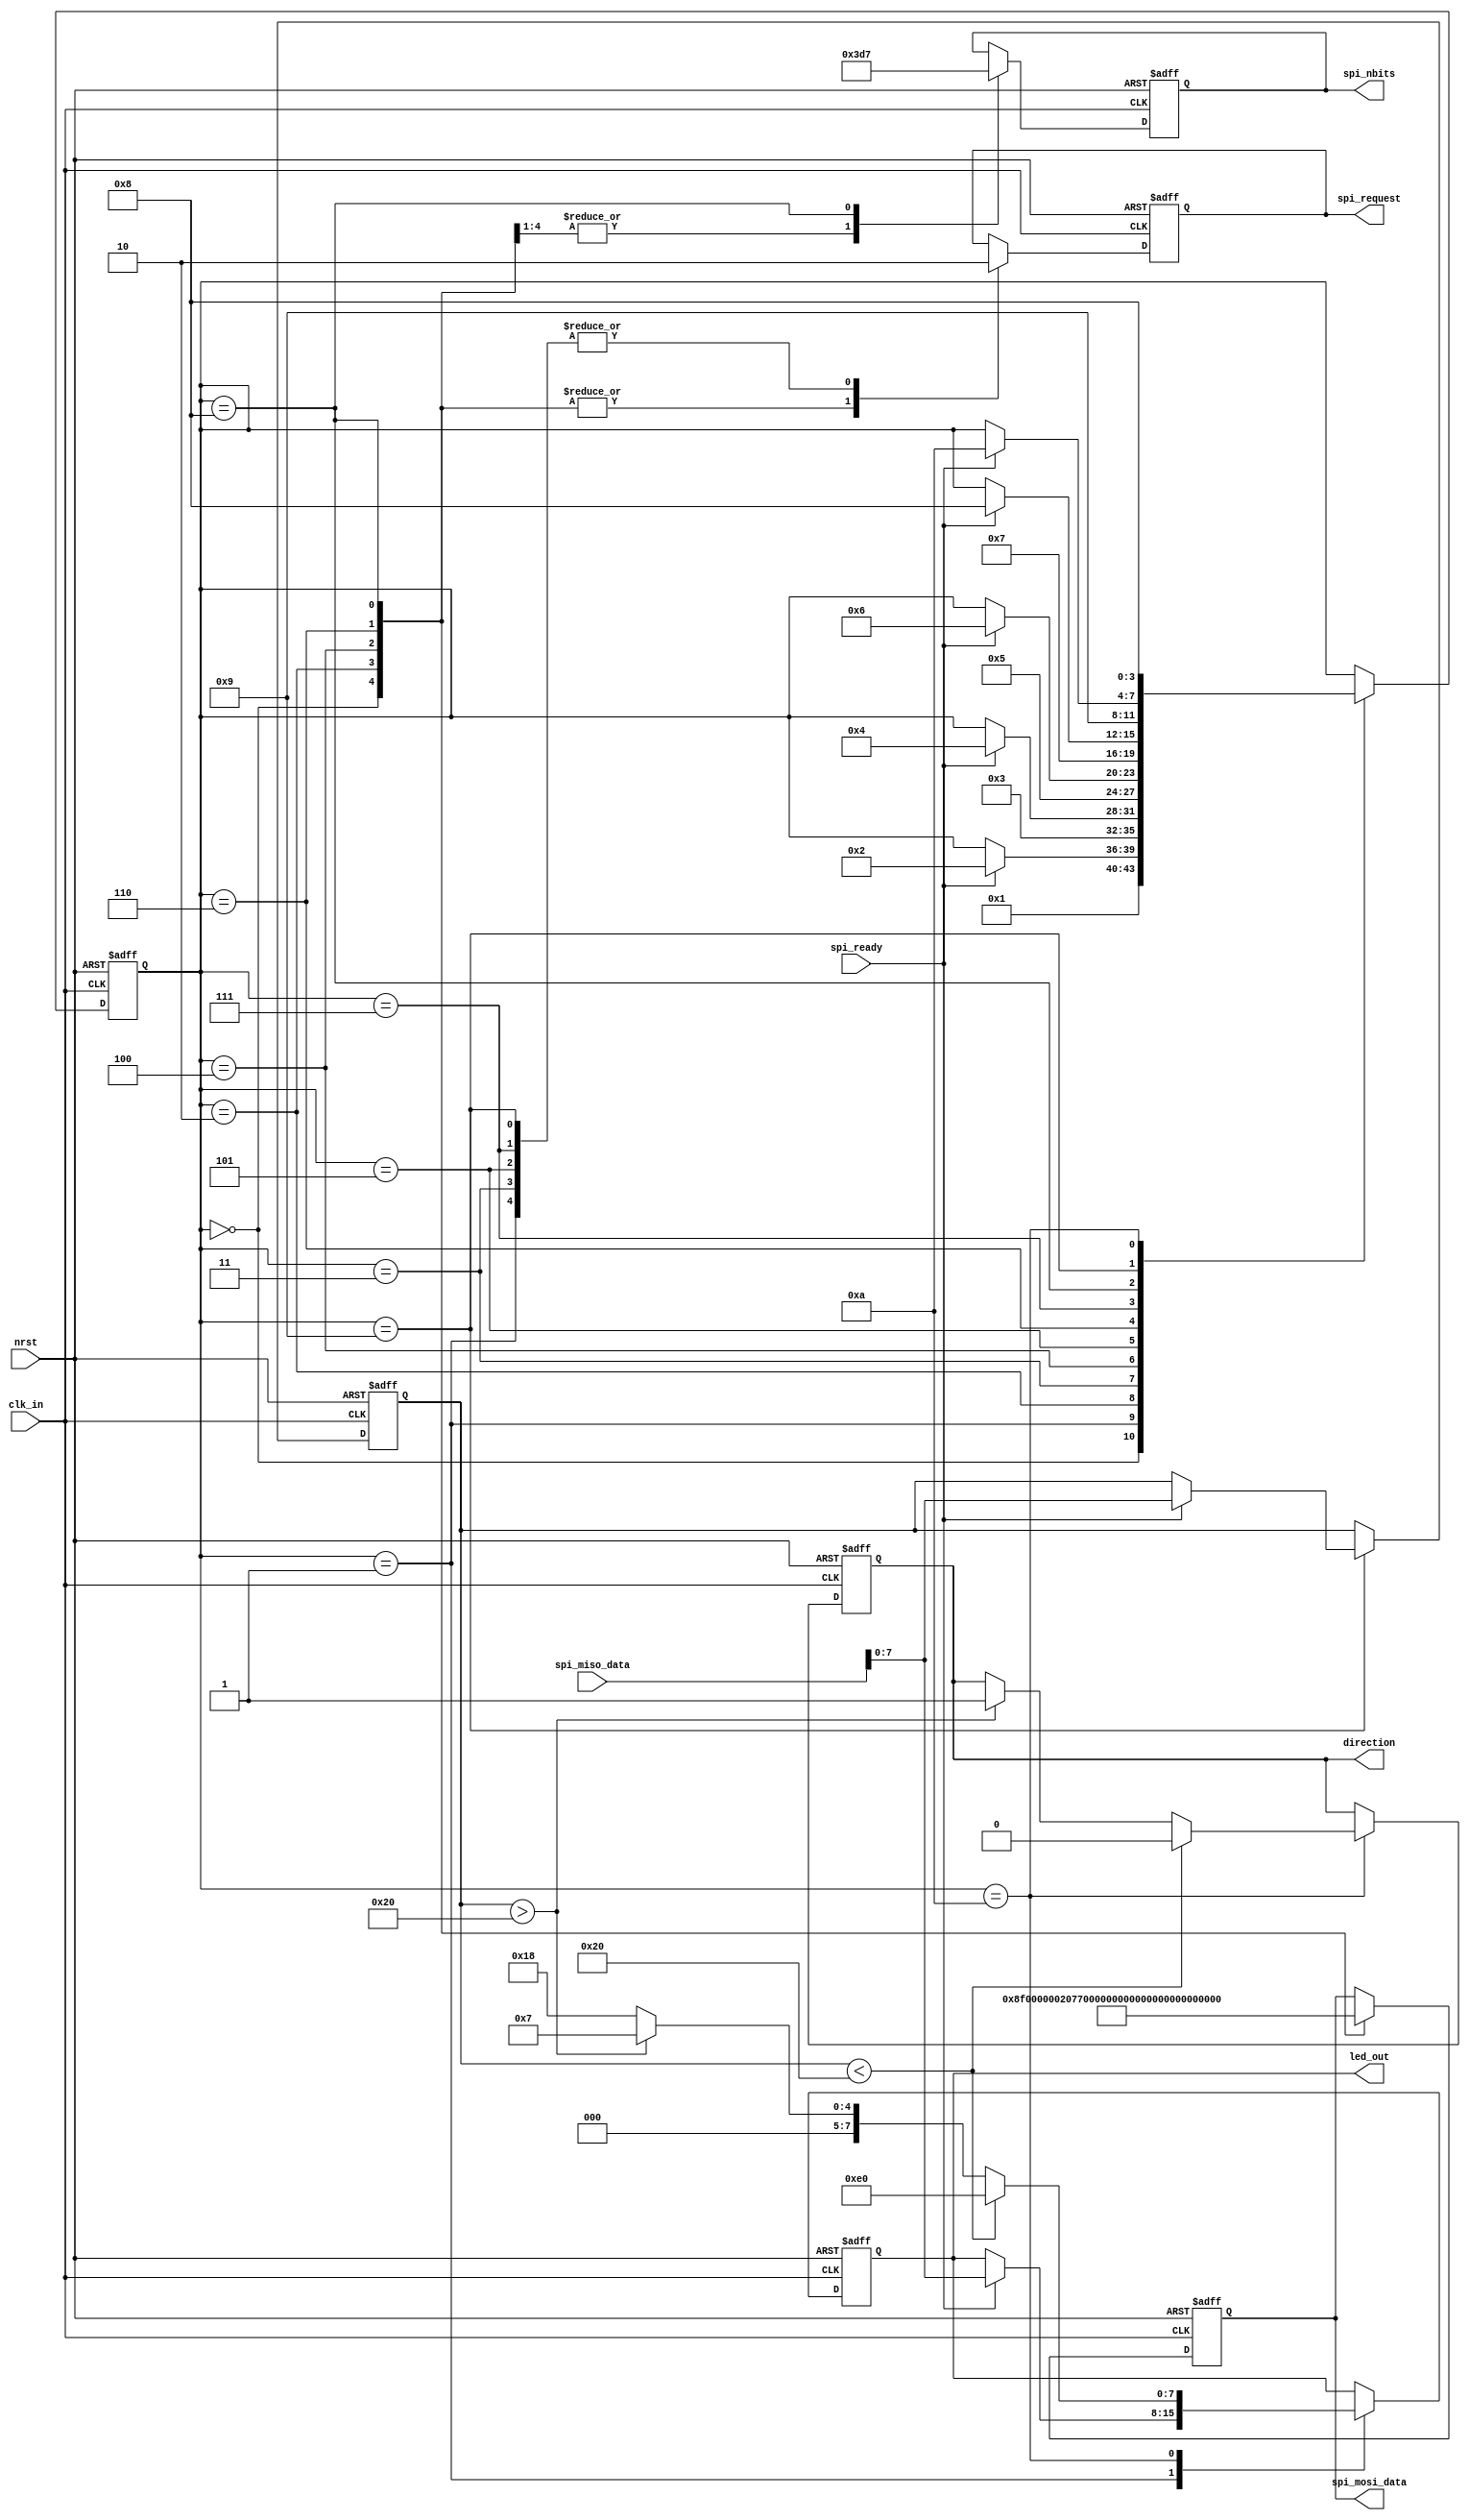
module sequencer (
	input wire clk_in,
	input wire nrst,
	
	output reg [31:0] spi_mosi_data,
	input wire [31:0] spi_miso_data,
	output reg [5:0] spi_nbits,
	
	output reg spi_request,
	input  wire spi_ready,
	
	output reg [7:0] led_out, // led_out is just for debugging purposes
	output reg direction
);

localparam 
	STATE_Whoami = 4'd0,
	STATE_Whoami_Wait = 4'd1,
	STATE_Init = 4'd2,
	STATE_Init_Wait = 4'd3,
	STATE_Init1 = 4'd4,
	STATE_Init1_Wait = 4'd5,
	STATE_Init2 = 4'd6,
	STATE_Init2_Wait = 4'd7,
	STATE_Read = 4'd8,
	STATE_Read_Wait = 4'd9,
	STATE_Compare = 4'd10;
	
reg [3:0] state;

reg signed [7:0] saved_acc;

always @(posedge clk_in or negedge nrst)
	if (nrst == 1'b0) begin		
		state <= 4'b0;
		
		spi_mosi_data <= 32'b0;
		spi_nbits <= 6'b0;
		spi_request <= 1'b0;
		led_out <= 8'b0;
		
		direction <= 1'b0;
		saved_acc <= 8'b0;
	end else begin
		case (state)
		
			// 1. Read WHO_AM_I register (Addr 0x0F)
			STATE_Whoami: begin
				state <= STATE_Whoami_Wait;
				
				spi_request <= 1'b1;
				spi_nbits <= 6'd15;
				spi_mosi_data <= 31'b10001111_00000000;
			end
			
			STATE_Whoami_Wait: begin
				if (spi_ready) begin
					state <= STATE_Init;
					led_out <= spi_miso_data[7:0];
				end 
				spi_request <= 1'b0;
			end
			
			// 2. Write ODR in CTRL_REG1 (Addr 0x20)
			STATE_Init: begin
				state <= STATE_Init_Wait;
				
				spi_request <= 1'b1;
				spi_nbits <= 6'd15;
				spi_mosi_data <= 31'b00100000_01110111;
			end
			
			STATE_Init_Wait: begin
				if (spi_ready) begin
					state <= STATE_Init1;
				end 
				spi_request <= 1'b0;
			end
			
			// 3. Enable temperature sensor (Addr 0x1F)
			STATE_Init1: begin
				state <= STATE_Init1_Wait;
				
				spi_request <= 1'b1;
				spi_nbits <= 6'd15;
				spi_mosi_data <= 31'b00011111_11000000;
			end
			
			STATE_Init1_Wait: begin
				if (spi_ready) begin
					state <= STATE_Init2;
				end 
				spi_request <= 1'b0;
			end
			
			// 4. Enable BDU, High resolution (Addr 0x23)
			STATE_Init2: begin
				state <= STATE_Init2_Wait;
				
				spi_request <= 1'b1;
				spi_nbits <= 6'd15;
				spi_mosi_data <= 31'b00100011_10001000;
			end
			
			STATE_Init2_Wait: begin
				if (spi_ready) begin
					state <= STATE_Read;
				end 
				spi_request <= 1'b0;
			end
			
			// 5. Read OUT_X_H (Addr 0x29)
			STATE_Read: begin
				state <= STATE_Read_Wait;
				
				spi_request <= 1'b1;
				spi_nbits <= 6'd23;
				spi_mosi_data <= 31'b11101000_00000000_00000000;
			end
			
			STATE_Read_Wait: begin
				if (spi_ready) begin
					state <= STATE_Compare;
					saved_acc <= spi_miso_data[7:0];
				end 
				spi_request <= 1'b0;
			end
			
			// 6. Compare X_OUT of the accelerometer to know the swipe direction
			// The acceleration is maximum at the edges of the swipe, detect that
			// and change direction accordingly.
			STATE_Compare: begin
				state <= STATE_Read;
				
				if (saved_acc < -8'Sb0010_0000) begin
					led_out <= 8'b1110_0000;
					direction <= 1'b0;
				end else if (saved_acc >  8'Sb0010_0000) begin
					led_out <= 8'b0000_0111;
					direction <= 1'b1;
				end else begin
					led_out <= 8'b0001_1000;
				end
			end
		endcase
	end

endmodule